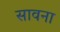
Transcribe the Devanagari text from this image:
सावना